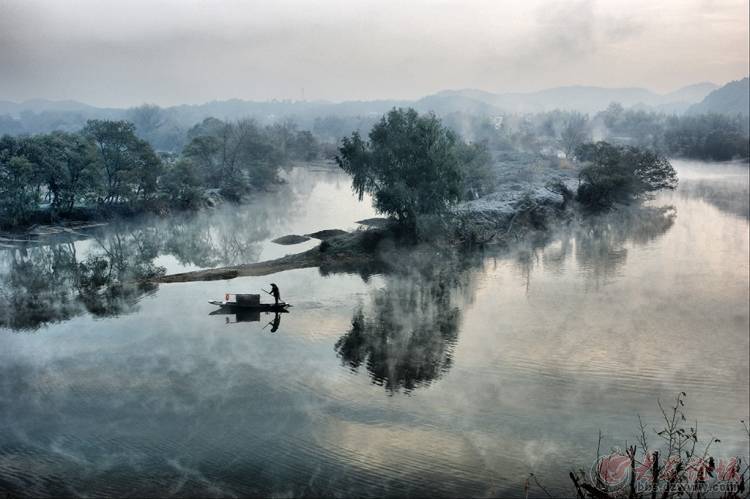
林表明霁色，城中增暮寒。